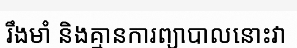
រឹងមាំ និងគ្មានការព្យាបាលនោះវា